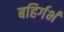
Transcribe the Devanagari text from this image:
बहिर्गर्भ